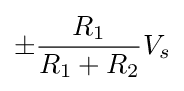
\pm {\frac {R_{1}}{R_{1}+R_{2}}}V_{s}